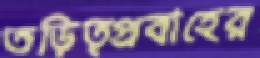
তড়িত্প্রবাহের